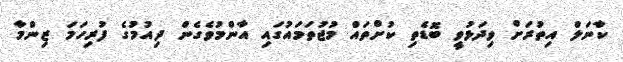
ކާނަލް އިތުރަށް ވިދަޅުވީ ބޮޑެތި ކުށްތައް މުޖުތަމައުގައި އާންމުވެގެން ދިއުމުގެ ފުރިހަމަ ޒިންމާ